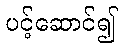
ပင့်ဆောင်၍